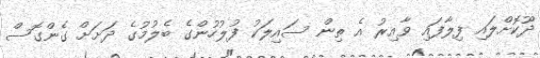
ދޫކޮށްލައި ފިލާފައި ވާއިރު އެ ތިން ސައިލަކު ފުލުހުންގެ ބެލުމުގެ ދަށަށް ގެންގޮސް